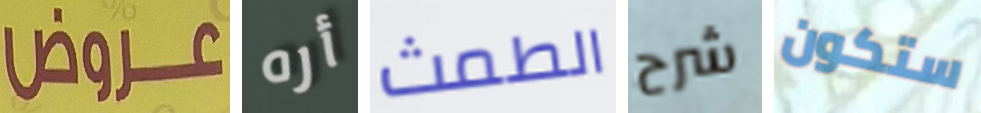
عروض أره الطمث شرح ستكون